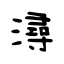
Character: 潯